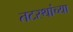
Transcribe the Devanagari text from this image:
तटस्थांच्या